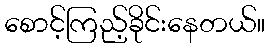
စောင့်ကြည့်ခိုင်းနေတယ်။